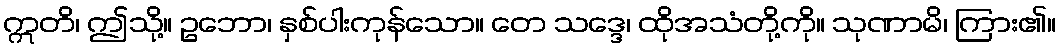
ဣတိ၊ ဤသို့။ ဥဘော၊ နှစ်ပါးကုန်သော။ တေ သဒ္ဒေ၊ ထိုအသံတို့ကို။ သုဏာမိ၊ ကြား၏။